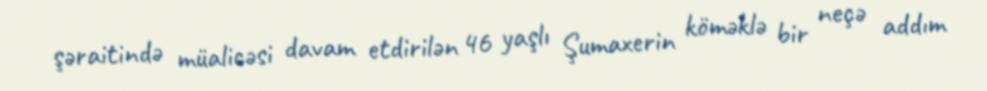
şəraitində müalicəsi davam etdirilən 46 yaşlı Şumaxerin köməklə bir neçə addım